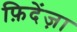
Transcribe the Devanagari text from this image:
फ़िदेंज़ा